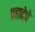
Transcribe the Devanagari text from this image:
पहाटेचे